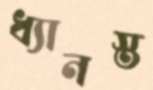
ধ্যানস্ত